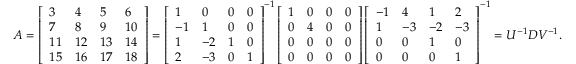
\begin{array} { r } { A = \left[ \begin{array} { l l l l } { 3 } & { 4 } & { 5 } & { 6 } \\ { 7 } & { 8 } & { 9 } & { 1 0 } \\ { 1 1 } & { 1 2 } & { 1 3 } & { 1 4 } \\ { 1 5 } & { 1 6 } & { 1 7 } & { 1 8 } \end{array} \right] = \left[ \begin{array} { l l l l } { 1 } & { 0 } & { 0 } & { 0 } \\ { - 1 } & { 1 } & { 0 } & { 0 } \\ { 1 } & { - 2 } & { 1 } & { 0 } \\ { 2 } & { - 3 } & { 0 } & { 1 } \end{array} \right] ^ { - 1 } \left[ \begin{array} { l l l l } { 1 } & { 0 } & { 0 } & { 0 } \\ { 0 } & { 4 } & { 0 } & { 0 } \\ { 0 } & { 0 } & { 0 } & { 0 } \\ { 0 } & { 0 } & { 0 } & { 0 } \end{array} \right] \left[ \begin{array} { l l l l } { - 1 } & { 4 } & { 1 } & { 2 } \\ { 1 } & { - 3 } & { - 2 } & { - 3 } \\ { 0 } & { 0 } & { 1 } & { 0 } \\ { 0 } & { 0 } & { 0 } & { 1 } \end{array} \right] ^ { - 1 } = U ^ { - 1 } D V ^ { - 1 } . } \end{array}